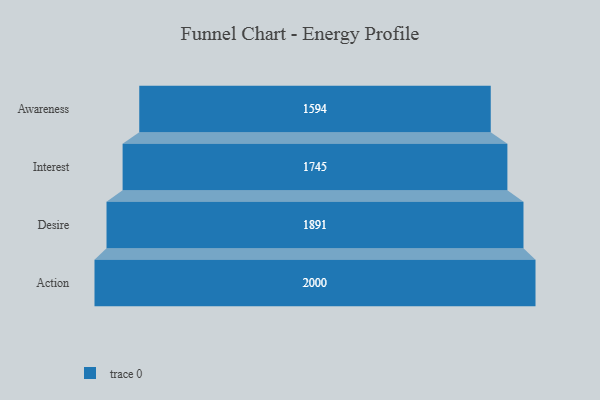
{"axis": {"x": "Stage", "y": "Value"}, "legend": [""], "data": [{"x": "Awareness", "y": 1594.0, "type": ""}, {"x": "Interest", "y": 1745.0, "type": ""}, {"x": "Desire", "y": 1891.0, "type": ""}, {"x": "Action", "y": 2000, "type": ""}]}